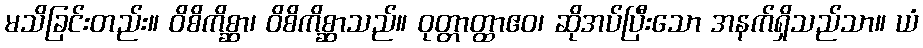
မသိခြင်းတည်း။ ဝိစိကိစ္ဆာ၊ ဝိစိကိစ္ဆာသည်။ ဝုတ္တာတ္ထာဧဝ၊ ဆိုအပ်ပြီးသော အနက်ရှိသည်သာ။ ယံ